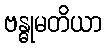
ဗန္ဓုမတိယာ